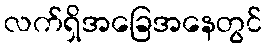
လက်ရှိအခြေအနေတွင်